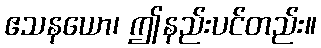
ဧသနယော၊ ဤနည်းပင်တည်း။